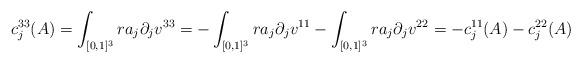
LaTeX: \begin{align*}c_j^{33}(A) = \int_{[0,1]^3} ra_j\partial_j v^{33} = -\int_{[0,1]^3} ra_j\partial_j v^{11} - \int_{[0,1]^3} ra_j\partial_j v^{22} = -c_j^{11}(A) - c_j^{22}(A)\end{align*}